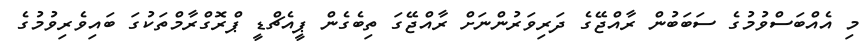
މި އެއްބަސްވުމުގެ ސަބަބުން ރާއްޖޭގެ ދަރިވަރުންނަށް ރާއްޖޭގަ ތިބެގެން ޕީއެޗްޑީ ޕްރޮގްރާމްތަކުގަ ބައިވެރިވުމުގެ